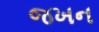
જખન